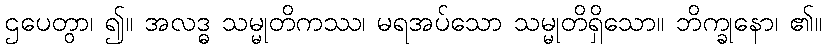
ဌပေတွာ၊ ၍။ အလဒ္ဓ သမ္မုတိကဿ၊ မရအပ်သော သမ္မုတိရှိသော။ ဘိက္ခုနော၊ ၏။